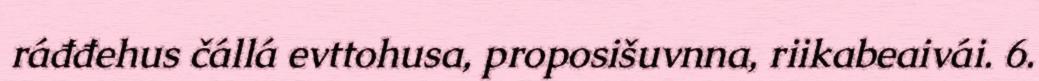
ráđđehus čállá evttohusa, proposišuvnna, riikabeaivái. 6.